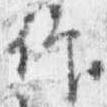
仰